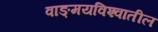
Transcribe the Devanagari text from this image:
वाङ्‌मयविश्‍वातील